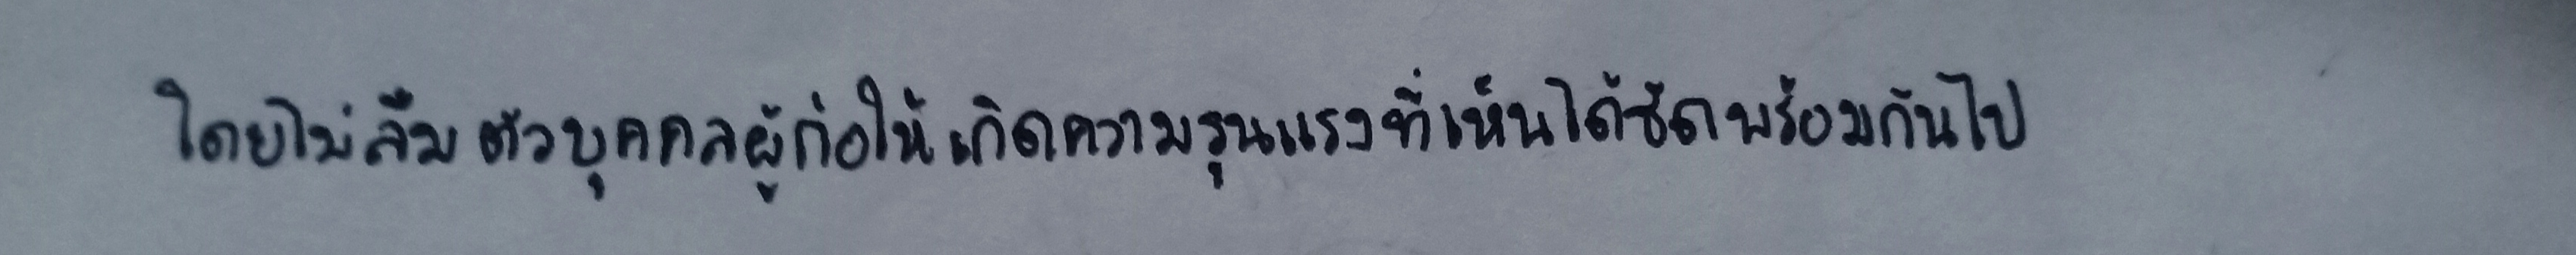
โดยไม่ลืมตัวบุคคลผู้ก่อให้เกิดความรุนแรงที่เห็นได้ชัดพร้อมกันไป